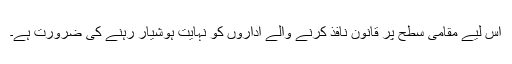
اس لیے مقامی سطح پر قانون نافذ کرنے والے اداروں کو نہایت ہوشیار رہنے کی ضرورت ہے۔